Trukikaitis_Postimees, lk 79
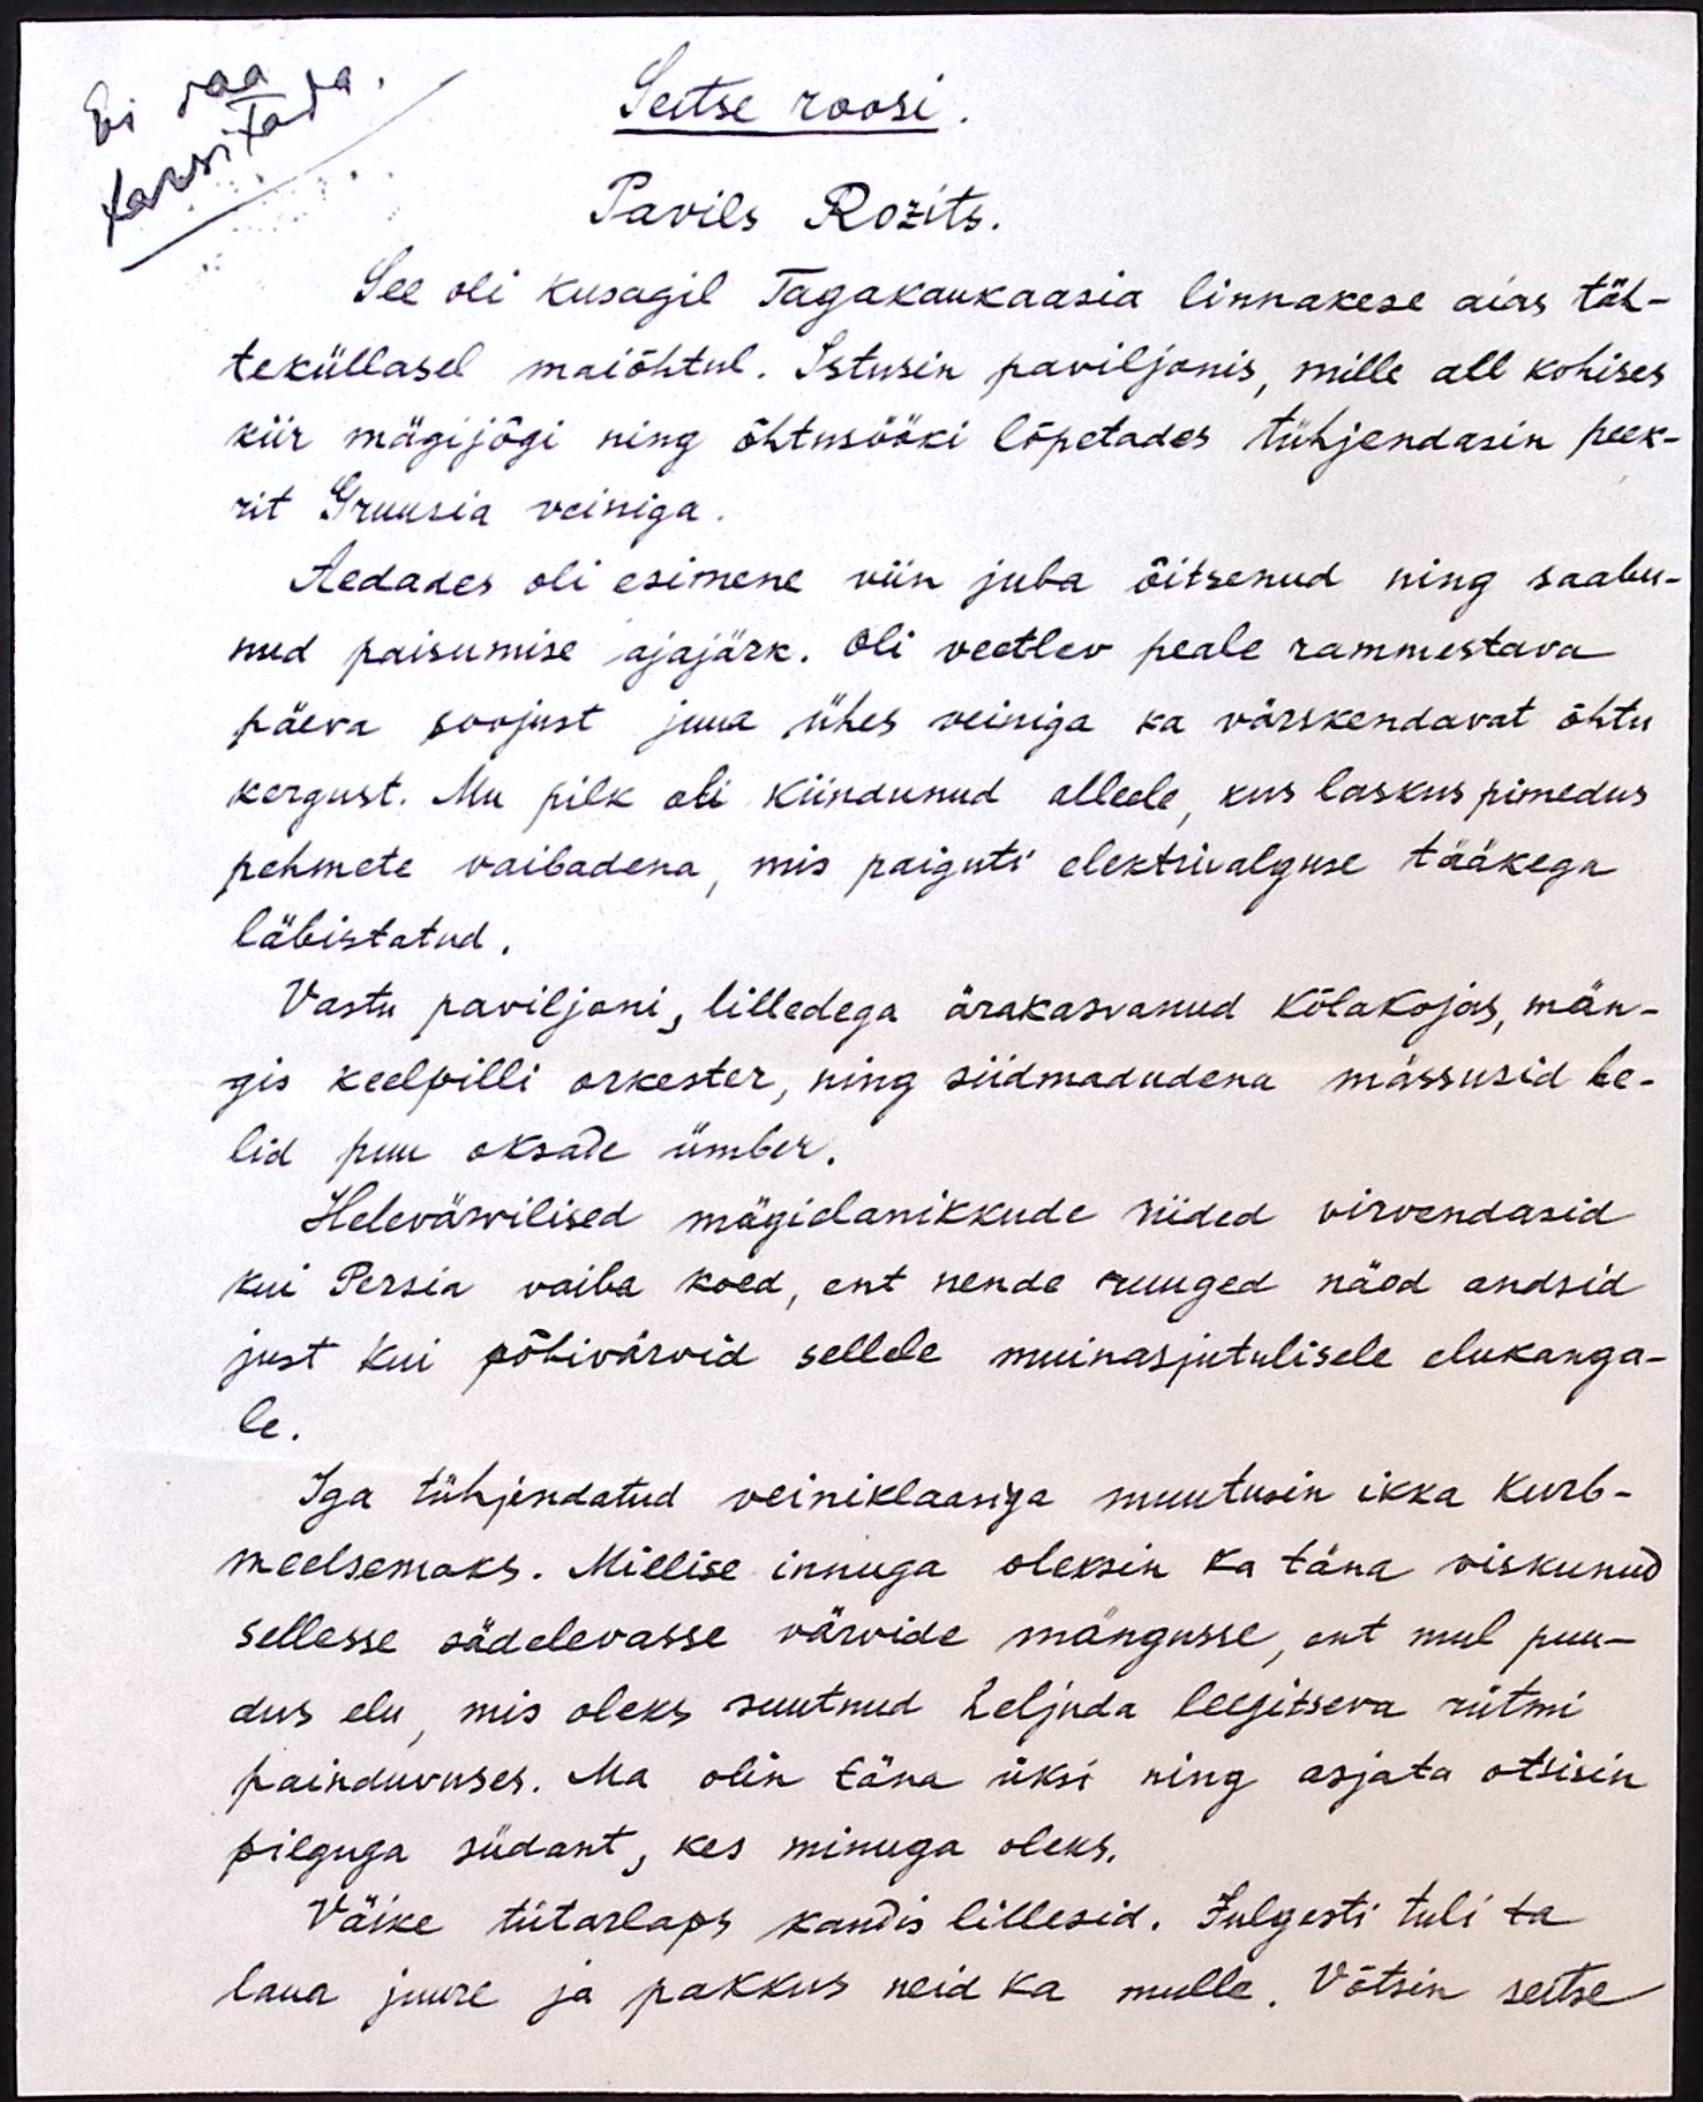
Ei saa
farsitada.
Seitse roosi.
Pavils Rozits.
See oli kusagil Tagakaukaasia linnakese aias täh-
teküllasel maiõhtul. Istusin paviljonis, mille all kohises
kiir mägijõgi ning õhtusööki lõpetades tühjendasin peek-
rit Gruusia veiniga.
Aedades oli esimene viin juba õitsenud ning saabu-
nud paisumise ajajärk. Oli veetlev peale rammestava
päeva soojust juua ühes veiniga ka värskendavat õhtu
kergust. Mu pilk oli kiindunud alleele, kus laskus pimedus
pehmete vaibadena, mis paiguti elektrivalguse tääkega
läbistatud.
Vastu paviljoni, lilledega ärakasvanud kõlakojas, män-
gis keelpilli orkester, ning siidmadudena mässusid he-
lid puu oksade ümber.
Helevärvilised mägielanikkude riided virvendasid
kui Persia vaiba koed, ent nende ruuged näod andsid
just kui põhivärvid sellele muinasjutulisele elukanga-
le.
Iga tühjendatud veiniklaasiga muutusin ikka kurb-
meelsemaks. Millise innuga oleksin ka täna viskunud
sellesse sädelevasse värvide mängusse, ent mul puu-
dus elu, mis oleks suutnud heljuda leegitseva rütmi
painduvuses. Ma olin täna üksi ning asjata otsisin
pilguga südant, kes minuga oleks.
Väike tütarlaps kandis lillesid. Julgesti tuli ta
laua juure ja pakkus neid ka mulle. Võtsin seitse